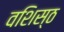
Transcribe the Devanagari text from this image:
वशिस्ठ